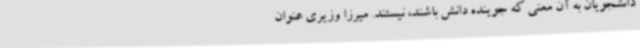
دانشجویان به آن معنی که جوینده دانش باشند، نیستند. میرزا وزیری عنوان